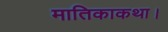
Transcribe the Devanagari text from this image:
मातिकाकथा।